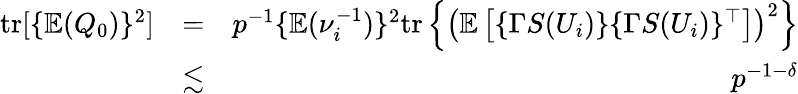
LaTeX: \begin{array}{rlr}{\mathrm{tr}[\{ {\mathbb{E}}(Q_{0})\} ^{2}]}&{=}&{p^{-1}\{ {\mathbb{E}}(\nu_{i}^{-1})\} ^{2}\mathrm{tr}\left\{ \left({\mathbb{E}}\left[\{ \Gamma S(U_{i})\} \{ \Gamma S(U_{i})\} ^{\top}\right]\right)^{2}\right\} }\\ &{\lesssim}&{p^{-1-\delta}}\end{array}